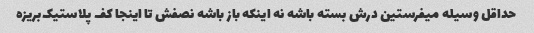
حداقل وسیله میفرستین درش بسته باشه نه اینکه باز باشه نصفش تا اینجا کف پلاستیک‌بریزه